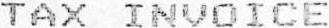
TAX INVOICE